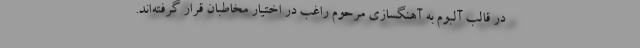
در قالب آلبوم به آهنگسازی مرحوم راغب در اختیار مخاطبان قرار گرفته‌اند.